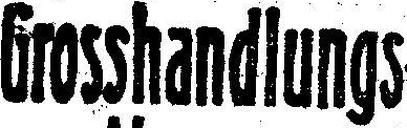
Grosshandlungs